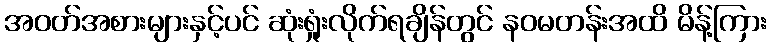
အဝတ်အစားများနှင့်ပင် ဆုံးရှုံးလိုက်ရချိန်တွင် နဝမတန်းအထိ မိန့်ကြား